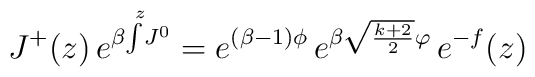
J^+(z)\,e^{\beta\!\int\limits^{\;z}\! J^0}=  e^{(\beta-1)\phi}\,e^{\beta\sqrt{\frac{k+2}{2}}\varphi}\,e^{-f}(z)